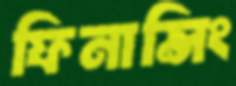
ফিনান্সিং